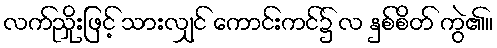
လက်ညှိုးဖြင့် သားလျှင် ကောင်းကင်၌ လ နှစ်စိတ် ကွဲ၏။